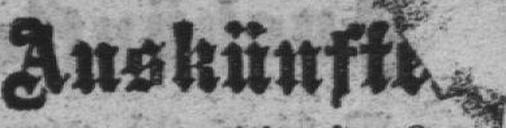
Auskünfte